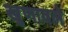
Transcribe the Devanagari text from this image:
खुणावले